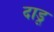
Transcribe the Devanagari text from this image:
दाडू